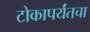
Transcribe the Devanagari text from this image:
टोकापर्यंतचा